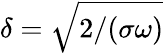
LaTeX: \delta=\sqrt{2/(\sigma\omega)}